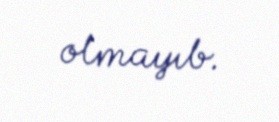
olmayıb.